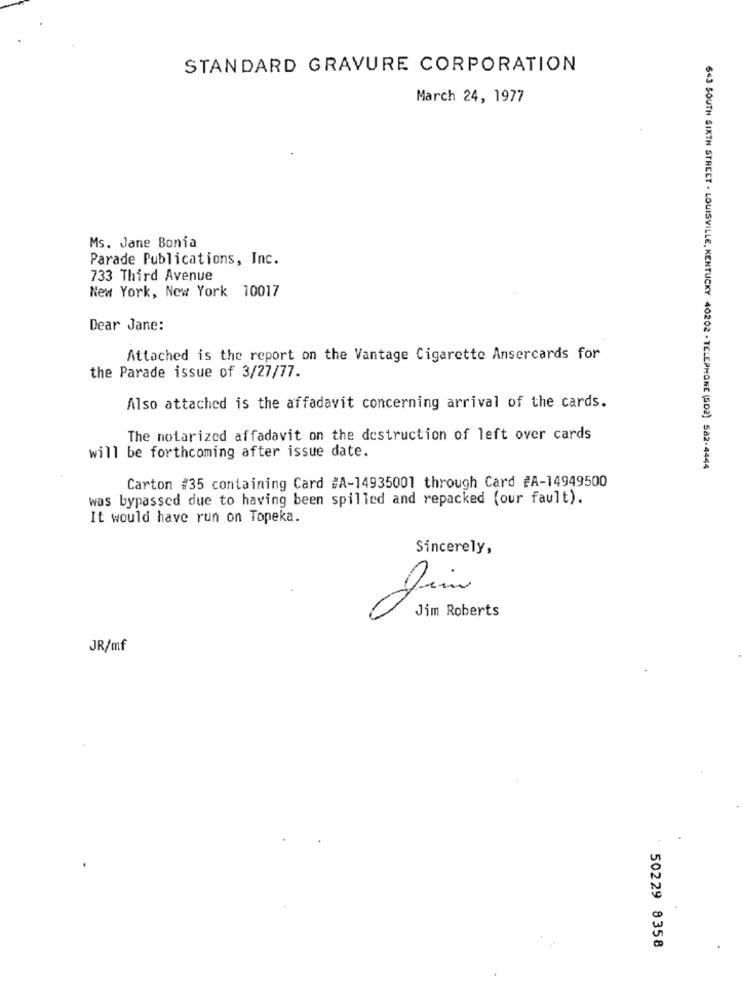
STANDARD GRAVURE CORPORATION
March 24, 1977
Ms. Jane Bonia
Parade Publications, Inc.
733 Third Avenue
New York, New York 10017
Dear Jane:
Attached is the report on the Vantage Cigarette Ansercards for
the Parade issue of 3/27/77.
Also attached is the affadavit concerning arrival of the cards.
The notarized affadavit on the destruction of left over cards
will be forthcoming after issue date.
643 SOUTH SIXTH STREET . LOUISVILLE, KENTUCKY 40202 - TELEPHONE (SD2) 582-4444
Carton #35 containing Card #A-14935001 through Card #A-14949500
was bypassed due to having been spilled and repacked (our fault).
It would have run on Topeka.
Sincerely,
Jim Roberts
JR/mf
50229 8358